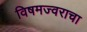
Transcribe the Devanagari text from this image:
विषमज्वराचा